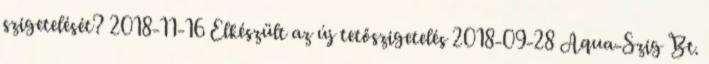
szigetelését? 2018-11-16 Elkészült az új tetőszigetelés 2018-09-28 Aqua-Szig Bt.